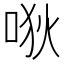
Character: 唙